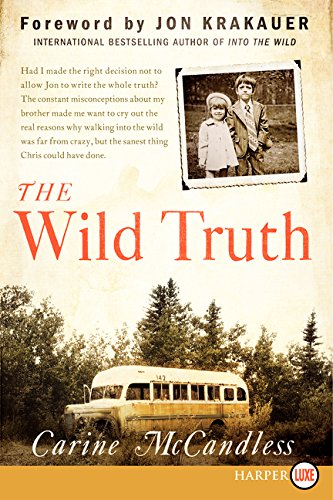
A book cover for The Wild Truth LP; Carine McCandless; Parenting & Relationships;